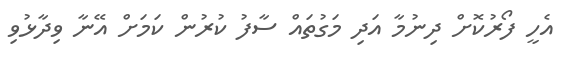
އެހީ ފޯރުކޮށް ދިނުމާ އަދި މަގުތައް ސާފު ކުރުން ކަމަށް އޭނާ ވިދާޅުވި